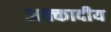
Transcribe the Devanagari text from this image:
अक्कादीय